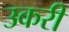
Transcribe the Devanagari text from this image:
उकरी